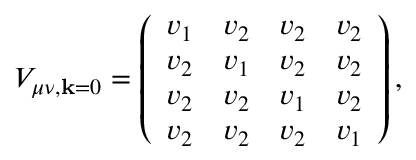
V _ { \mu \nu , \mathbf { k } = \boldsymbol { 0 } } = \left( \begin{array} { l l l l } { v _ { 1 } } & { v _ { 2 } } & { v _ { 2 } } & { v _ { 2 } } \\ { v _ { 2 } } & { v _ { 1 } } & { v _ { 2 } } & { v _ { 2 } } \\ { v _ { 2 } } & { v _ { 2 } } & { v _ { 1 } } & { v _ { 2 } } \\ { v _ { 2 } } & { v _ { 2 } } & { v _ { 2 } } & { v _ { 1 } } \end{array} \right) ,